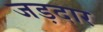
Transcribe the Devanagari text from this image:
जड़दार